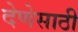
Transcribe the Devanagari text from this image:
देणेसाठी